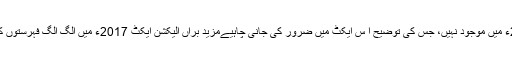
ووٹرز کی الگ الگ فہرستوں کی تیاری کا کوئی تذکرہ الیکشن ایکٹ 2017ء میں موجود نہیں، جس کی توضیح ا س ایکٹ میں ضرور کی جانی چاہیےمزید براں الیکشن ایکٹ 2017ء میں الگ الگ فہرستوں کی تیاری کی وضاحت نہ ہونا اس قانون کی شق 2(xx) کے بھی خلاف ہے۔